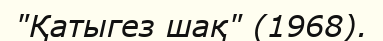
"Қатыгез шақ" (1968).